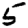
Digit: 5